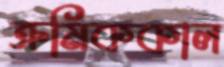
ক্রমিককাল